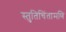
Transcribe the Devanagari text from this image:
स्तुतिचिंतामणि